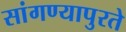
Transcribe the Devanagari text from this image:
सांगण्यापुरते